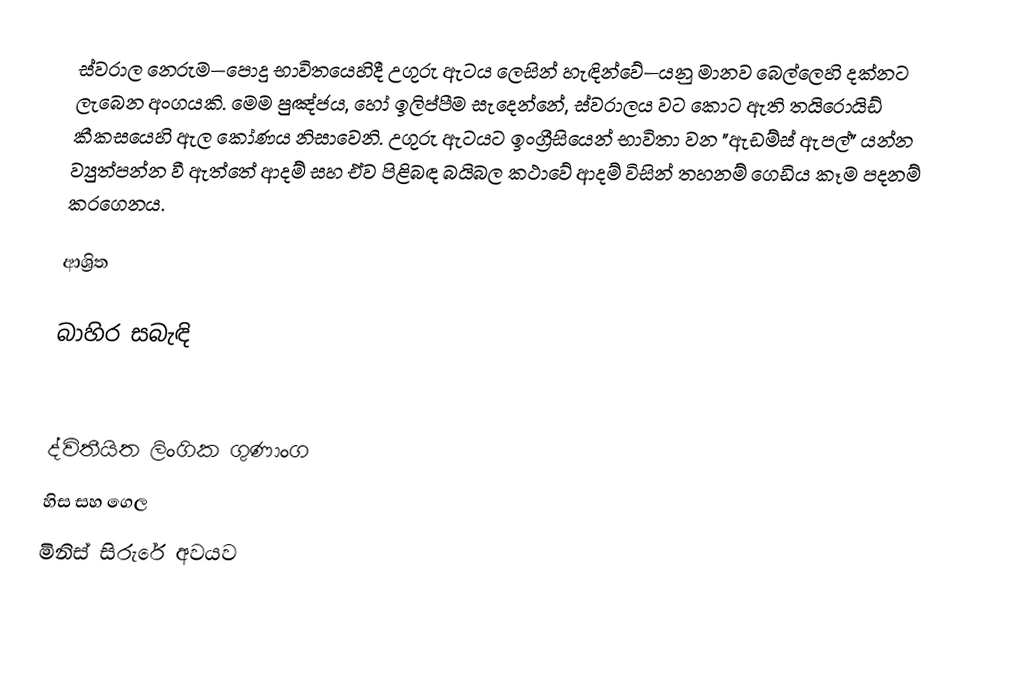
ස්වරාල  නෙරුම—පොදු භාවිතයෙහිදී උගුරු ඇටය ලෙසින් හැඳින්වේ—යනු මානව බෙල්ලෙහි දක්නට ලැබෙන අංගයකි.  මෙම පුඤ්ජය, හෝ ඉලිප්පීම සැදෙන්නේ, ස්වරාලය වට කොට ඇති  තයිරොයිඩ් කීකසයෙහි ඇල කෝණය නිසාවෙනි.  උගුරු ඇටයට ඉංග්‍රීසියෙන් භාවිතා වන "ඇඩම්ස් ඇපල්" යන්න ව්‍යුත්පන්න වී ඇත්තේ ආදම් සහ ඒව පිළිබඳ බයිබල කථාවේ ආදම් විසින් තහනම් ගෙඩිය කෑම පදනම් කරගෙනය.

ආශ්‍රිත

බාහිර සබැඳි

ද්විතීයිත ලිංගික ගුණාංග
හිස සහ ගෙල
මිනිස් සිරුරේ අවයව